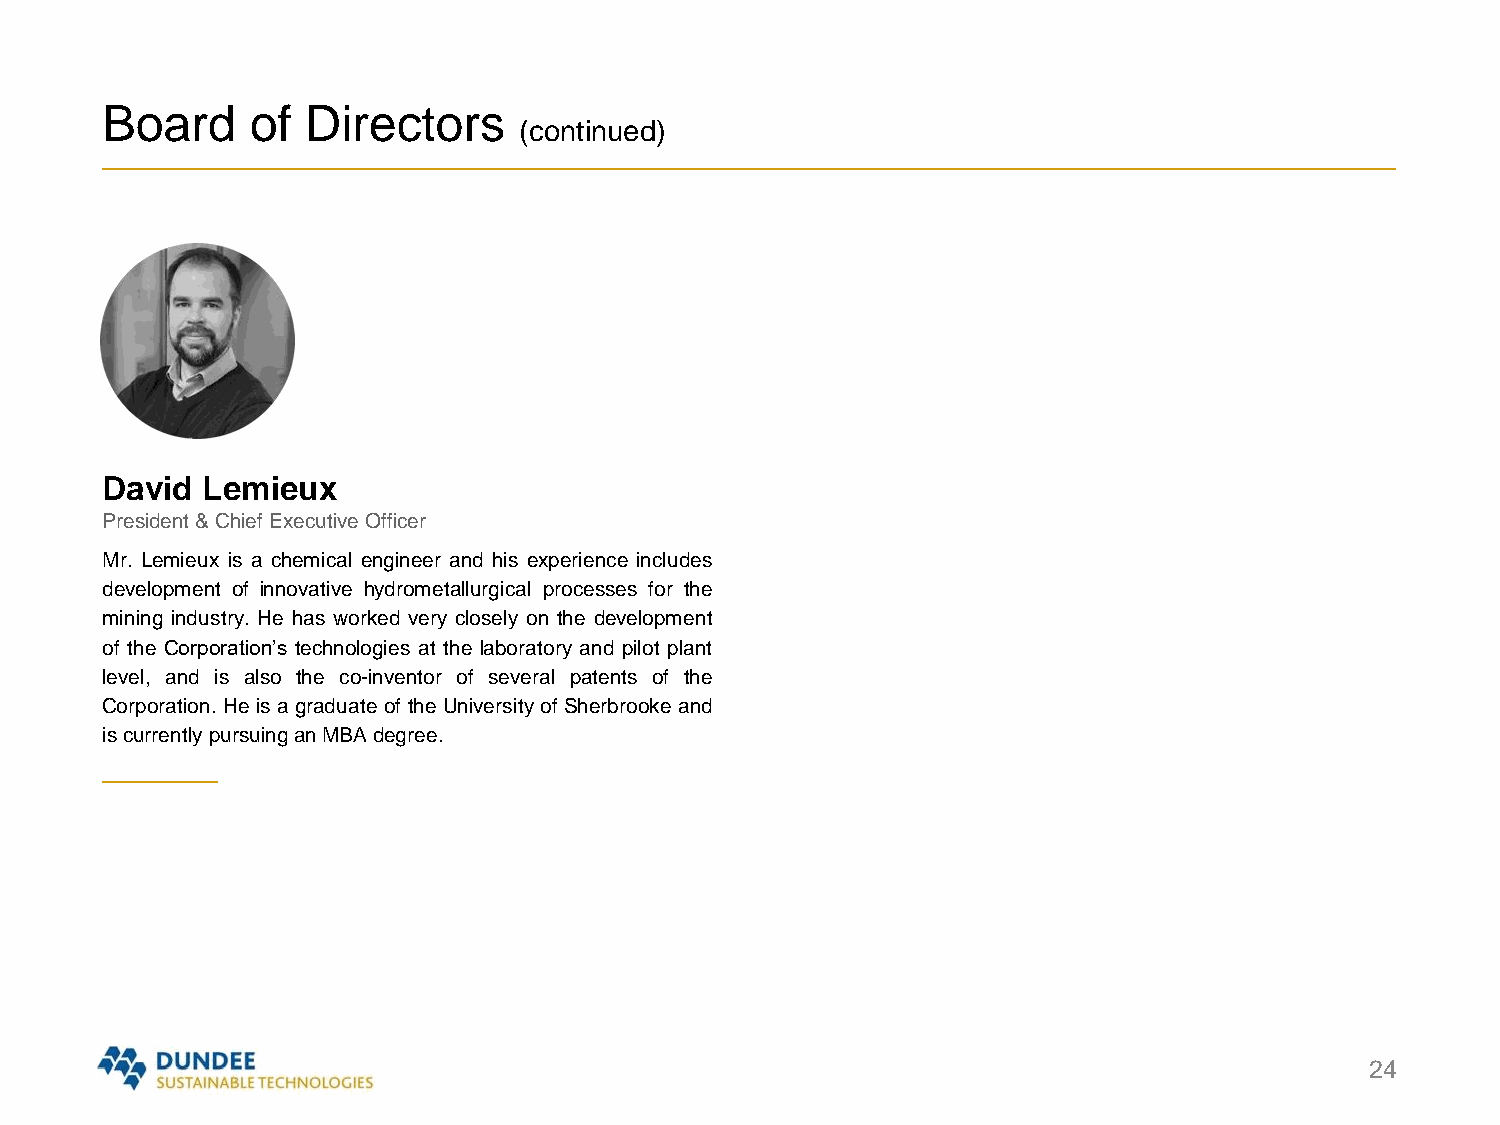
Board     of Directors
 (continued)
 David Lemieux
 President & Chief Executive Officer
 Mr. Lemieux is a chemical engineer and his experience includes
 development of innovative hydrometallurgical processes for the
 mining industry. He has worked very closely on the development
 of the Corporation’s technologies at the laboratory and pilot plant
 level, and is also the co-inventor of several patents of the
 Corporation. He is a graduate of the Universityof Sherbrooke and
 iscurrentlypursuinganMBAdegree.
 24